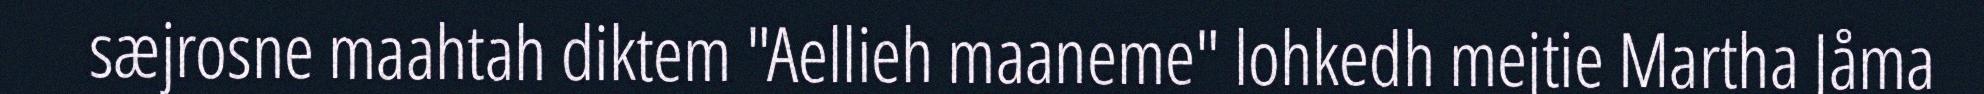
sæjrosne maahtah diktem "Aellieh maaneme" lohkedh mejtie Martha Jåma